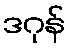
ဒဂုန်